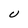
Character: U